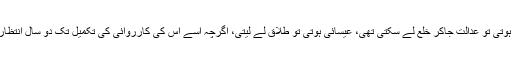
وہ مسلمان ہوتی تو عدالت جاکر خلع لے سکتی تھی، عیسائی ہوتی تو طلاق لے لیتی، اگرچہ اسے اس کی کارروائی کی تکمیل تک دو سال انتظار کرنا پڑتا۔